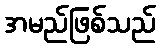
အမည်ဖြစ်သည်